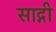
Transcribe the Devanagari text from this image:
साद्गी